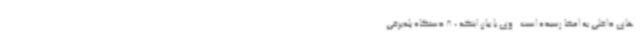
های داخلی به امضا رسیده است . وی با بیان اینکه ، 8 دستگاه پله‌برقی